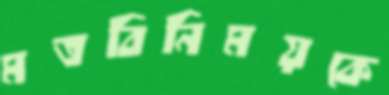
মতবিনিময়কে